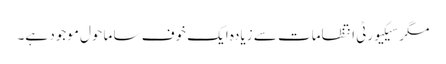
مگر سیکیورٹی انتظامات سے زیادہ ایک خوف سا ماحول موجود ہے۔